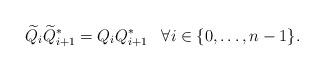
LaTeX: \begin{align*}\widetilde{Q}_i\widetilde{Q}_{i+1}^*=Q_iQ_{i+1}^*\;\;\; \forall i\in\{0,\ldots,n-1\}.\end{align*}